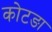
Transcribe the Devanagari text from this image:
कोटङा